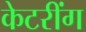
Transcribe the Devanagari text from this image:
केटरींग